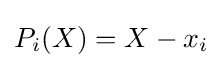
P_{i}(X)=X-x_{i}